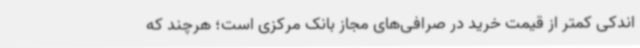
اندکی کمتر از قیمت خرید در صرافی‌های مجاز بانک مرکزی است؛ هرچند که